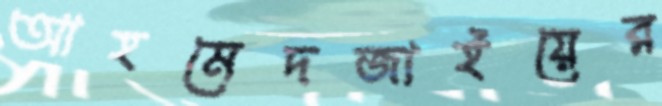
আহমেদজাইয়ের